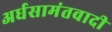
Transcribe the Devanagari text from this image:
अर्धसामंतवादी